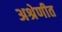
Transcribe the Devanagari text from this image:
अश्रेणीत